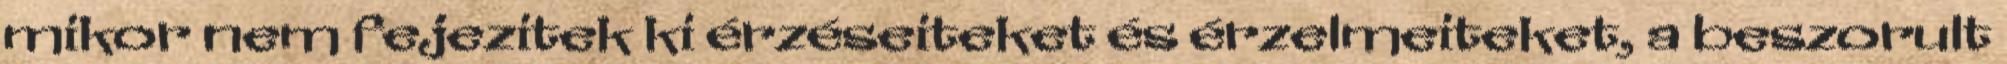
mikor nem fejezitek ki érzéseiteket és érzelmeiteket, a beszorult